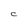
Character: C